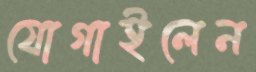
যোগাইলেন